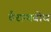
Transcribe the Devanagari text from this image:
वैराग्यबोध